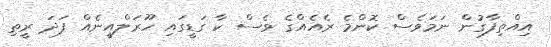
އިއްތިފާގުން ނަމަވެސް ކޮންމެ ރެއެއްގެ ވެސް ކާ ގަޑީގައި ހޫރަލްއީނެއް ފަދަ ރީތި